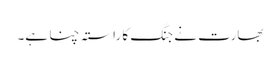
بھارت نے جنگ کا راستہ چنا ہے۔